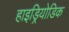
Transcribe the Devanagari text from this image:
हाइड्रियोडिक